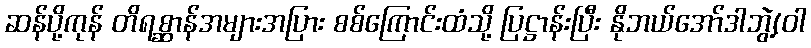
ဆန်ပို့ကုန် တိရစ္ဆာန်အများအပြား စစ်ကြောင်းထံသို့ ပြဋ္ဌာန်းပြီး နိုဘယ်အော်ဒါဘွဲ့(ဝါ